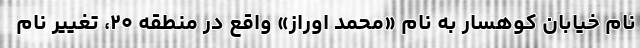
نام خیابان کوهسار به نام «محمد اوراز» واقع در منطقه ۲۰، تغییر نام